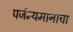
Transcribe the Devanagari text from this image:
पर्जन्यमानाचा